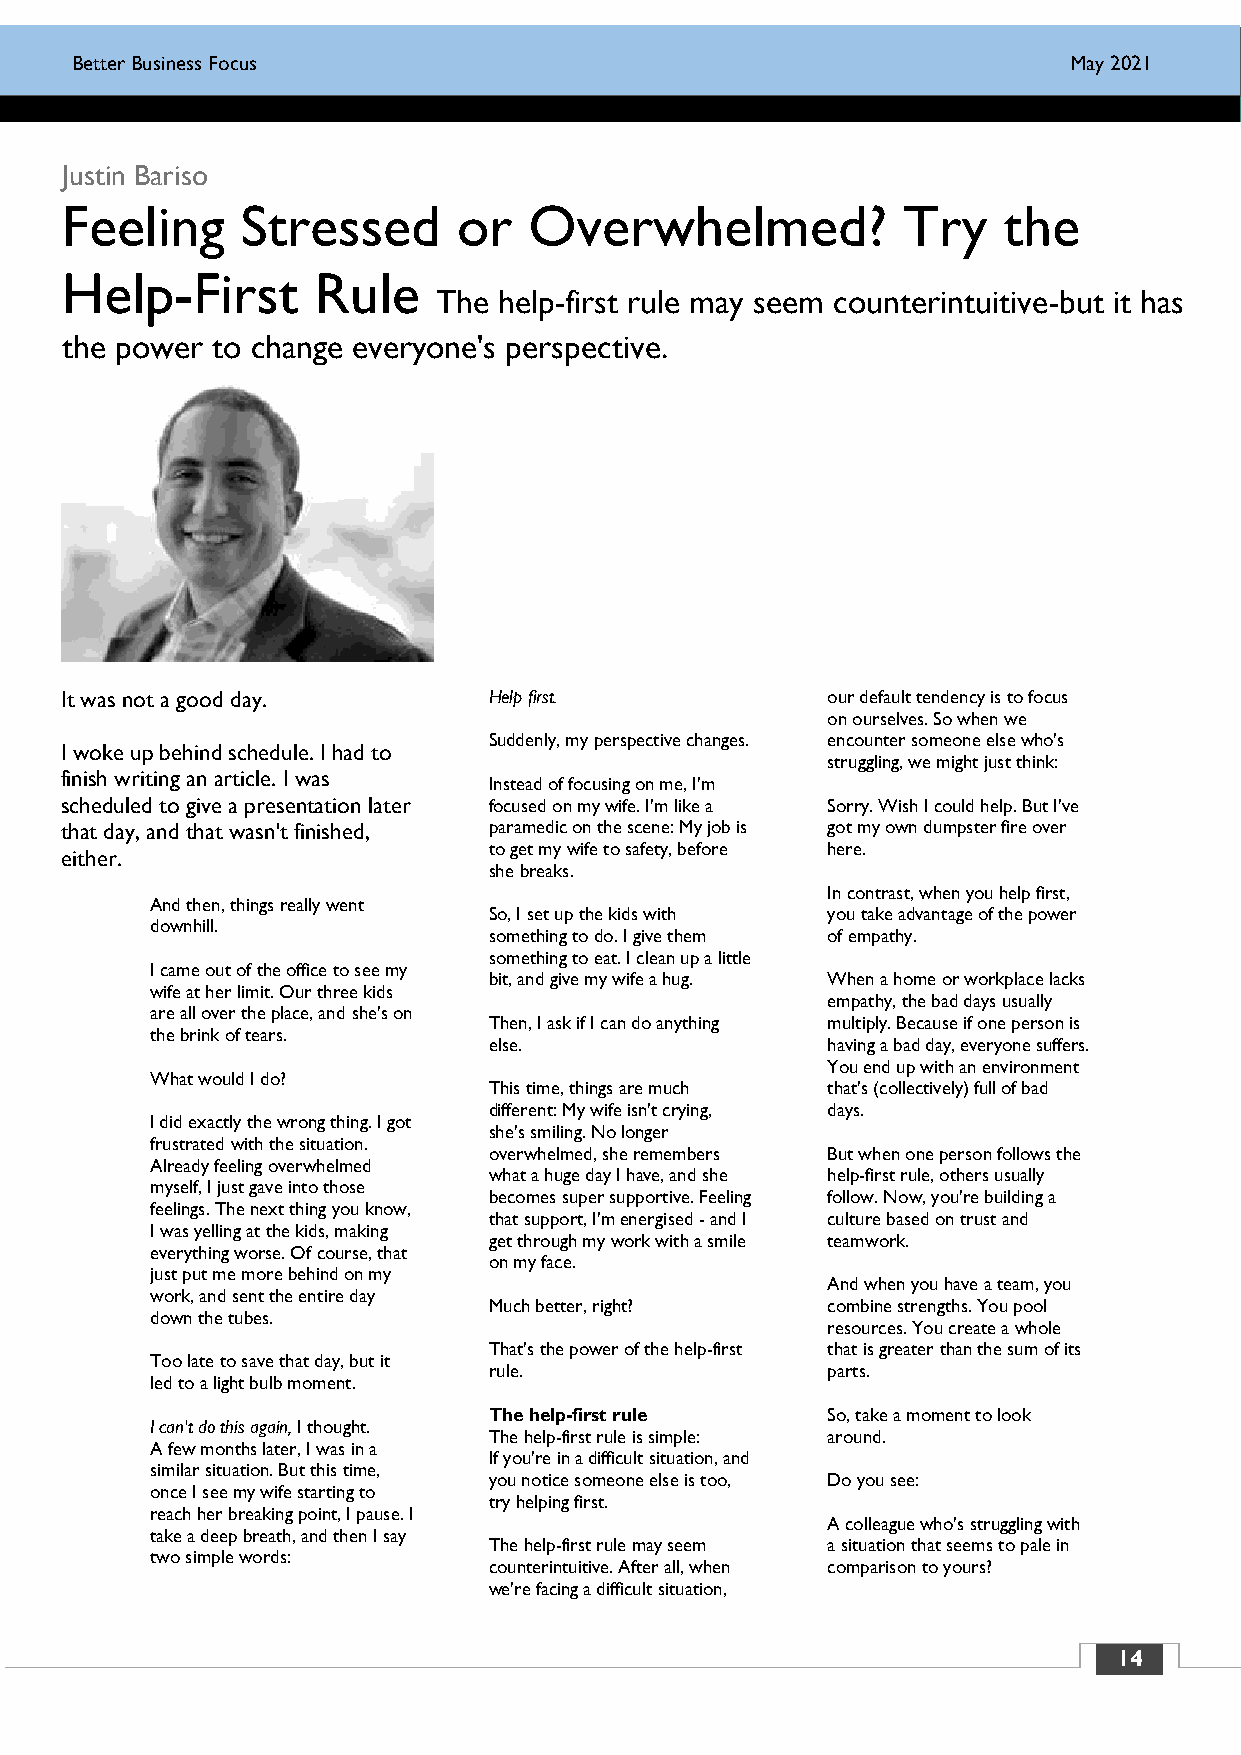
BBBeeetttttteeerrr BBBuuusssiiinnneeessssss FFFooocccuuusss       JJMuunnayee 222000211155
 Justin Bariso
 Feeling     Stressed      or   Overwhelmed?             Try   the
 Help-First       Rule
 The help-first rule may seem counterintuitive-but it has
 the power to change everyone's perspective.
 It was not a good day.      Help first.            our default tendency is to focus
 on ourselves. So when we
 Suddenly, my perspective changes. encounter someone else who's
 I woke up behind schedule. I had to
 struggling, we might just think:
 finish writing an article. I was
 Instead of focusing on me, I'm
 scheduled to give a presentation later focused on my wife. I'm like a Sorry. Wish I could help. But I've
 that day, and that wasn't finished, paramedic on the scene: My job is got my own dumpster fire over
 to get my wife to safety, before here.
 either.
 she breaks.
 In contrast, when you help first,
 And then, things really went
 So, I set up the kids with you take advantage of the power
 downhill.
 something to do. I give them of empathy.
 something to eat. I clean up a little
 I came out of the office to see my
 bit, and give my wife a hug. When a home or workplace lacks
 wife at her limit. Our three kids
 empathy, the bad days usually
 are all over the place, and she's on
 Then, I ask if I can do anything multiply. Because if one person is
 the brink of tears.
 else.                  having a bad day, everyone suffers.
 You end up with an environment
 What would I do?
 This time, things are much that's (collectively) full of bad
 different: My wife isn't crying, days.
 I did exactly the wrong thing. I got
 she's smiling. No longer
 frustrated with the situation.
 overwhelmed, she remembers But when one person follows the
 Already feeling overwhelmed
 what a huge day I have, and she help-first rule, others usually
 myself, I just gave into those
 becomes super supportive. Feeling follow. Now, you're building a
 feelings. The next thing you know,
 that support, I'm energised - and I culture based on trust and
 I was yelling at the kids, making
 get through my work with a smile teamwork.
 everything worse. Of course, that
 on my face.
 just put me more behind on my
 And when you have a team, you
 work, and sent the entire day
 Much better, right?    combine strengths. You pool
 down the tubes.
 resources. You create a whole
 That's the power of the help-first that is greater than the sum of its
 Too late to save that day, but it
 rule.                  parts.
 led to a light bulb moment.
 The help-first rule    So, take a moment to look
 I can't do this again, I thought.
 The help-first rule is simple: around.
 A few months later, I was in a
 If you're in a difficult situation, and
 similar situation. But this time,
 you notice someone else is too, Do you see:
 once I see my wife starting to
 try helping first.
 reach her breaking point, I pause. I
 A colleague who's struggling with
 take a deep breath, and then I say
 The help-first rule may seem a situation that seems to pale in
 two simple words:
 counterintuitive. After all, when comparison to yours?
 we're facing a difficult situation,
 14